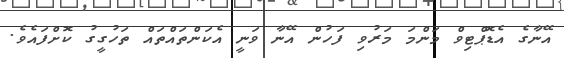
އޭނާގެ އެޑޮޕްޓިވް މަންމަ މަރުވި ފަހުން އޭނާ ވަނީ އެކަންތައްތައް ތަހުގީގު ކޮށްފައެވެ.